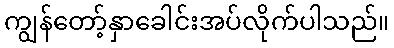
ကျွန်တော့်နှာခေါင်းအပ်လိုက်ပါသည်။